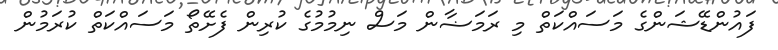
ފައުންޑޭޝަންގެ މަސައްކަތް މި ރަމަޟާން މަސް ނިމުމުގެ ކުރިން ފެށޭތޯ މަސައްކަތް ކުރަމުން